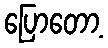
ပြောတော့